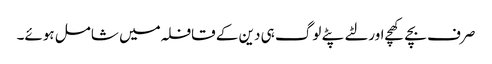
صرف بچے کھچے اور لٹے پٹے لوگ ہی دین کے قافلہ میں شامل ہوئے۔